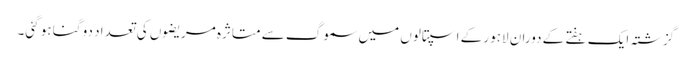
گزشتہ ایک ہفتے کے دوران لاہور کے اسپتالوں میں سموگ سے متاثرہ مریضوں کی تعداد دو گنا ہو گئی۔